Civil Veterinary Dept. Assam report 1911-1927 - 1911-1927
Year: 1911
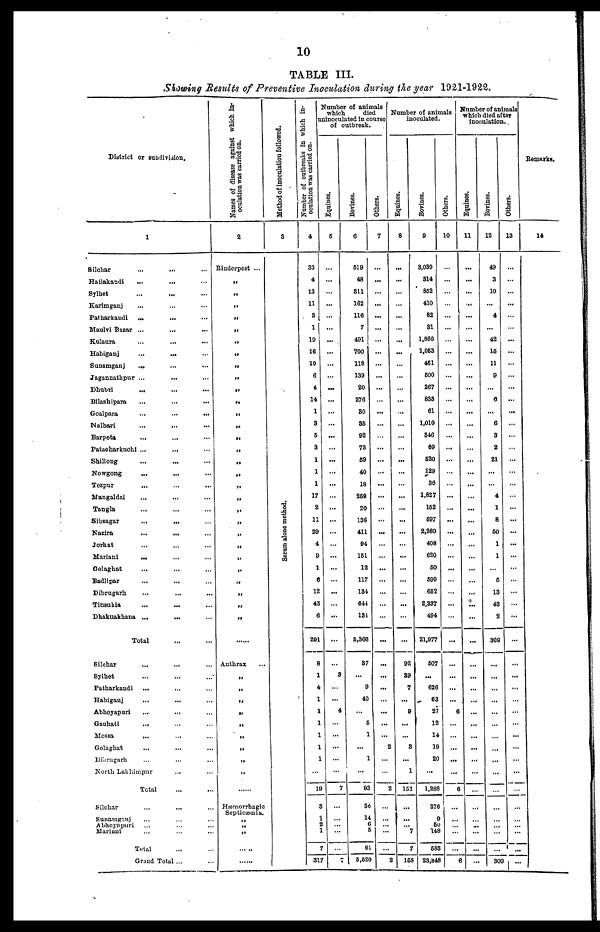
10
TABLE III.
Showing Results of Preventive Inoculation during the year 1921-1922.
District or subdivision.
1
Silchar ... ... ...
Hailakandi ... ... ...
Sylhet ... ... ...
Karimganj ... ... ...
Patharkandi ... ... ...
Maulvi Bazar ... ... ...
Kulaura ... ... ...
Habiganj ... ... ...
Sunamganj ... ... ...
Jagannathpur ... ... ... .
Dhubri ... ... ...
Bilashipara ... ... ... .
Goalpara ... ... ...
Nalbari ... ... ...
Barpeta ... ... ...
Patacharkuchi ... ... ...
Shillong ... ... ...
Nowgong ... ... ...
Tezpur ... ... ...
Mangaldai ... ... ...
Tangla ... ... ...
Sibsagar ... ... ...
Nazira ... ... ...
Jorhat ... ... ...
Mariani ... ... ...
Golaghat ... ... ...
Badlipar ... ... ...
Dibrugarh ... ... ...
Tinsukia ... ... ...
Dhakuakhana ... ... ...
Total ... ...
Silchar ... ... ...
Sylhet ... ... ...
Patharkandi ... ... ...
Habiganj ... ... ...
Abhoyapuri ... ... ...
Gauhati ... ... ...
Messa ... ... ...
Golaghat ... ... ...
Dibrugarh ... ... ...
North Lakhimpur ... ...
Total ... ...
Silchar ... ... ...
Sunamganj ... ... ...
Abhoyapuri ... ... ...
Mariani ... ... ...
Total ... ...
Grand Total ... ...
Names of disease against which in-
oculation was carried on.
2
Rinderpest ...
„
„
„
„
„
„
„
„
„
„
„
„
„
„
„
„
„
„
„
„
„
„
„
„
„
„
„
„
„
......
Anthrax ...
„
„
„
„
„
„
„
„
„
......
Hæmorrhagic
Septicæmia.
„
„
„
..
......
Method of inoculation followed.
3
Serum alone method.
Number of outbreaks in which in-
oculation was carried on.
4
33
4
13
11
3
1
19
16
10
6
4
14
1
3
5
3
1
1
1
17
2
11
29
4
9
1
6
12
45
6
291
8
1
4
1
1
1
1
1
1
... 19
3
1
2
1
7
317
Number of animals
which
died
uninoculated in course
of outbreak.
Equines.
5
...
...
...
...
...
...
...
...
...
...
...
...
...
...
...
...
...
...
...
...
...
...
...
...
...
...
...
...
...
...
...
...
3
...
...
4
1
1
... 1
... 1
...
7
...
...
...
...
...
7
Bovines.
6
519
48
311
162
116
7
491
700
118
139
20
276
30
35
92
73
59
40
18
259
20
136
411
94
151
12
117
134
644
134
5,366
37
...
9
40
...
5
1
...
1
...
93
38
14
6
5
61
5,520
Others.
7
...
...
...
...
...
...
...
...
...
...
...
...
...
...
...
...
...
...
...
...
...
...
...
...
...
...
...
...
...
...
...
...
...
...
...
...
...
...
2
...
...
2
...
...
...
...
...
2
Number of animals
inoculated.
Equines.
8
...
...
...
...
...
...
...
...
...
...
...
...
...
...
...
...
...
...
...
...
...
...
...
...
...
...
...
...
...
...
...
92
39
7
...
9
...
...
3
...
1
151
...
...
7
7
168
Bovines.
9
3,039
314
852
410
82
81
1,866
1,053
461
600
267
835
61
1,010
846
69
620
229
36
1,827
162
697
2,260
408
620
50
699
662
2,337
494
21,977
607
...
626
63
27
12
14
19
20
...
1,288
376
9
50
148
583
23,848
Others.
10
...
...
...
...
...
...
...
...
...
...
...
...
...
...
...
...
...
...
...
...
...
...
...
...
...
...
...
...
...
...
...
...
...
...
...
6
...
...
...
...
...
6
...
...
...
...
...
6
Number of animals
which died after
inoculation.
Equines.
11
...
...
...
...
...
...
...
...
...
...
...
...
...
...
...
...
...
...
...
...
...
...
...
...
...
...
...
...
...
...
...
...
...
...
...
...
...
...
...
...
...
...
...
... ...
...
...
...
Bovines.
12
49
3
10
...
4
...
42
15
11
9
...
6
...
6
3
2
21
...
...
4
1
8
50
1
1
...
5
13
43
2
309
...
...
...
...
...
...
...
...
...
...
...
...
...
...
...
...
309
Others.
13
...
...
...
...
...
...
...
...
...
...
...
...
...
...
...
...
...
...
...
...
...
...
...
...
...
...
...
...
...
...
...
...
...
...
...
...
...
...
...
...
...
...
...
...
...
...
...
...
Remarks.
14